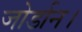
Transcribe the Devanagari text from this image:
जोर्डान।